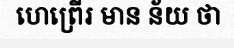
ហេព្រើរ មាន ន័យ ថា